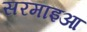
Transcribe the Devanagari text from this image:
सरमाइआ